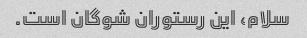
سلام، این رستوران شوگان است.